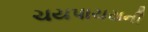
ચયપાચયની